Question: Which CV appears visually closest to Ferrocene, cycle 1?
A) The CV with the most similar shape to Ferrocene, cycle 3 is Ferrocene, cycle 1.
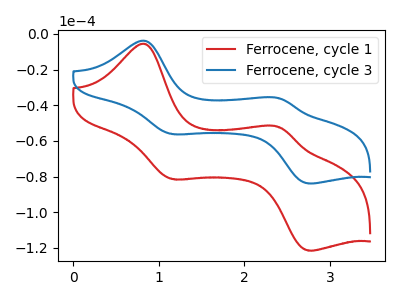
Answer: <think>The red curve "Ferrocene, cycle 1" has anodic peaks at (0.85V, -5.65uA) (2.40V, -52.20uA) and cathodic peaks at (1.15V, -81.35uA) (2.75V, -121.45uA). The blue curve "Ferrocene, cycle 3" has anodic peaks at (0.85V, -3.90uA) (2.40V, -36.05uA) and cathodic peaks at (1.15V, -56.15uA) (2.75V, -83.80uA).
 All the peaks in "Ferrocene, cycle 1" have a peak in "Ferrocene, cycle 3" at the same potential.</think>
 <answer>A) The CV with the most similar shape to "Ferrocene, cycle 3" is "Ferrocene, cycle 1".</answer>
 <eval>A</eval>